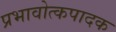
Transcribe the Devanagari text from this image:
प्रभावोत्कपादक